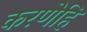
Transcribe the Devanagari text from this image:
करणेहि